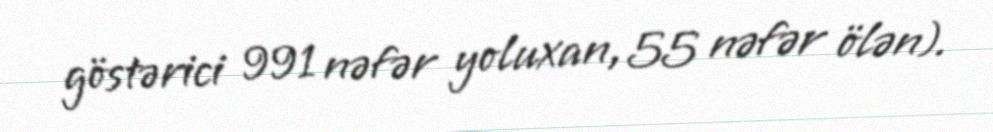
göstərici 991 nəfər yoluxan, 55 nəfər ölən).